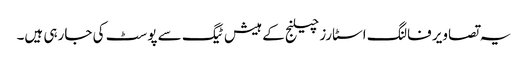
یہ تصاویر فالنگ اسٹارز چیلنج کے ہیش ٹیگ سے پوسٹ کی جارہی ہیں۔